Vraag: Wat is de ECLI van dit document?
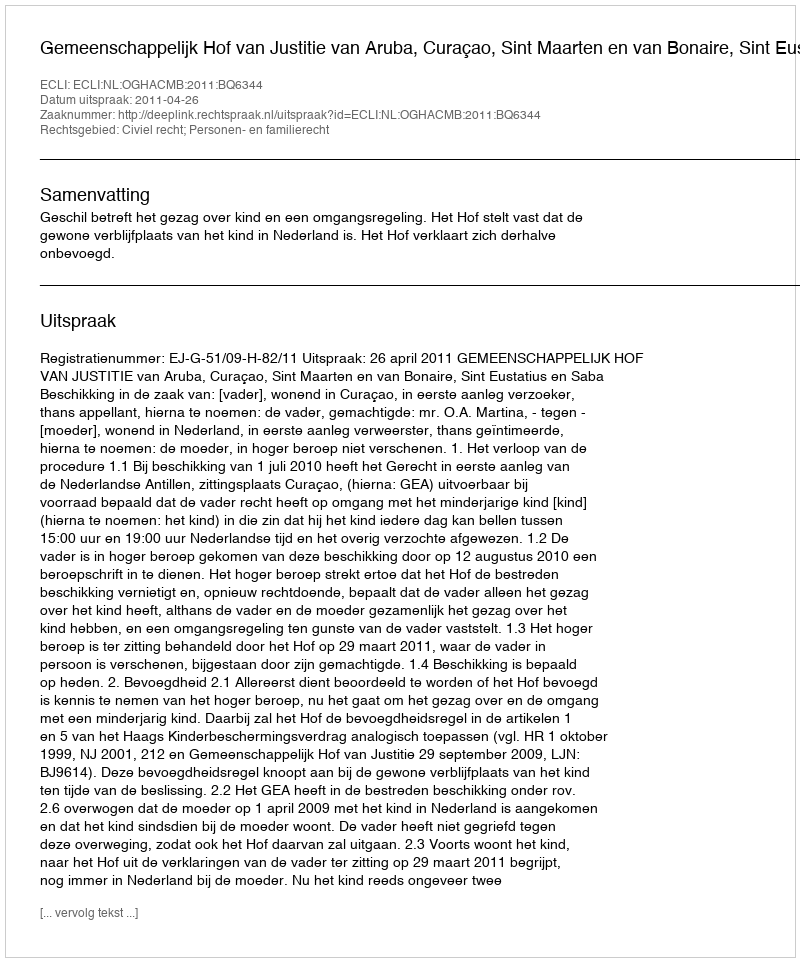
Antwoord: ECLI:NL:OGHACMB:2011:BQ6344